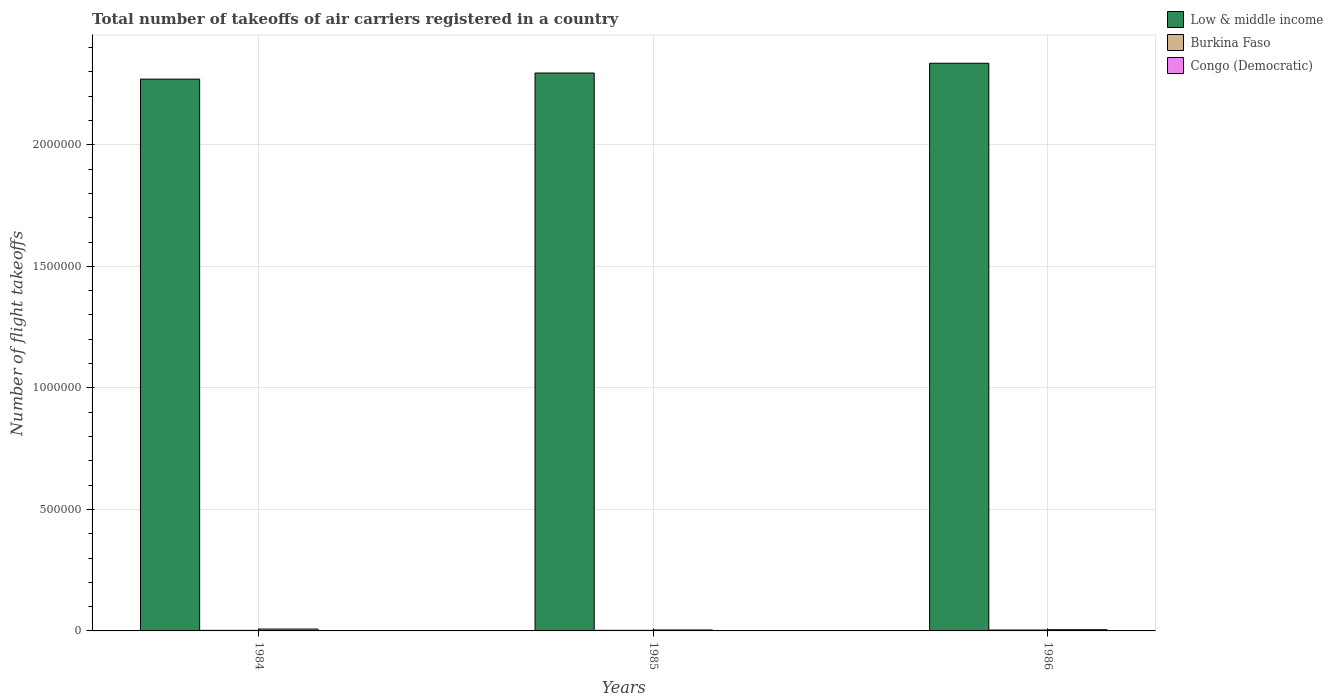
| Years | Low & middle income | Burkina Faso | Congo (Democratic) |
 | --- | --- | --- | --- |
 | 1984 | 2.27e+06 | 2.3e+03 | 7.6e+03 |
 | 1985 | 2.3e+06 | 2.4e+03 | 3.9e+03 |
 | 1986 | 2.34e+06 | 3.6e+03 | 5e+03 |